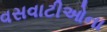
વસવાટીઓના